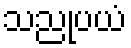
သညုပယံ